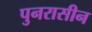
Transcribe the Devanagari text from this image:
पुनरासीन